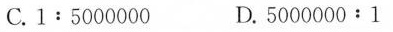
C.1:5000000 D.5000000﹔1